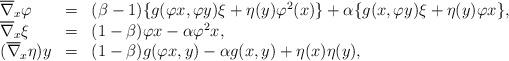
LaTeX: \begin{align*}\begin{array}{lll} \overline{\nabla}_x \varphi&= &(\beta-1) \{g(\varphi x,\varphi y)\xi+\eta(y)\varphi^2(x)\}+\alpha\{g(x,\varphi y)\xi+\eta(y)\varphi x\}, \\ \overline{\nabla}_x \xi &= & (1-\beta)\varphi x-\alpha\varphi^2 x,\\ ( \overline{\nabla}_x \eta) y&= & (1-\beta)g(\varphi x,y)-\alpha g(x,y)+\eta (x) \eta (y),\\ \end{array}\end{align*}